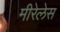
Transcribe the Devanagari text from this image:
मीरेलेस